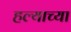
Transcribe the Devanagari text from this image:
हल्याच्या